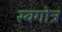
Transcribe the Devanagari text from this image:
स्वगोत्र